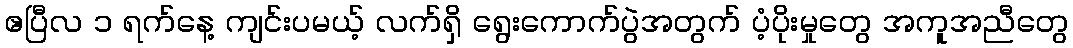
ဧပြီလ ၁ ရက်နေ့ ကျင်းပမယ့် လက်ရှိ ရွေးကောက်ပွဲအတွက် ပံ့ပိုးမှုတွေ အကူအညီတွေ